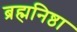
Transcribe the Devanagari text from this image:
ब्रह्मनिष्ठा